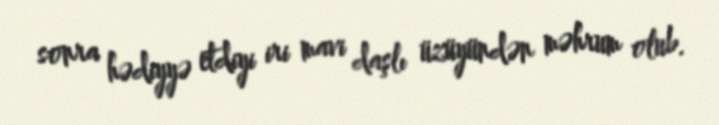
sonra hədiyyə etdiyi iri mavi daşlı üzüyündən məhrum olub.